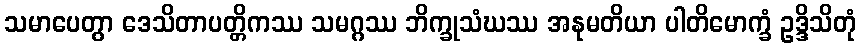
သမာပေတွာ ဒေသိတာပတ္တိကဿ သမဂ္ဂဿ ဘိက္ခုသံဃဿ အနုမတိယာ ပါတိမောက္ခံ ဥဒ္ဒိသိတုံ